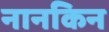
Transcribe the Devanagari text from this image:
नानकिन